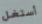
أستغل